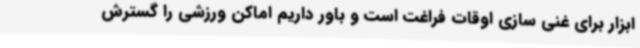
ابزار برای غنی سازی اوقات فراغت است و باور داریم اماکن ورزشی را گسترش